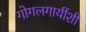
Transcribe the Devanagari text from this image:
गोगलगायींशी